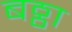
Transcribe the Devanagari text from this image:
बठ्ठा